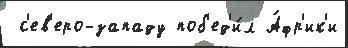
 с'ев'еро-западу поб'ед'и́л А́фр'ик'и